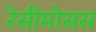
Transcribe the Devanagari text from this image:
रेसीमोसस